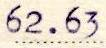
62.63